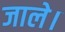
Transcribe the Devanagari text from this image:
जाले।